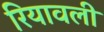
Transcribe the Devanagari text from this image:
रियावली